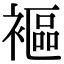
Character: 䙔